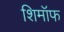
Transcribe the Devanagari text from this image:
शिमॉफ